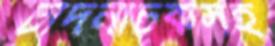
চাঁদনীচকসহ